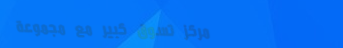
مركز تسوق كبير مع مجموعة